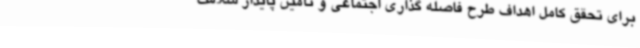
برای تحقق کامل اهداف طرح فاصله گذاری اجتماعی و تأمین پایدار سلامت